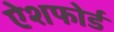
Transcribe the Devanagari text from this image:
ऐशफोर्ड